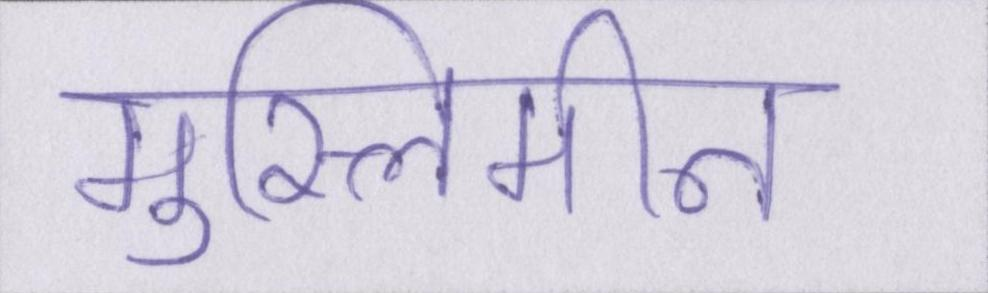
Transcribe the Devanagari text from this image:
मुस्लिमीन